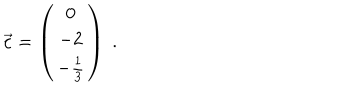
LaTeX: \vec { c } = \left( \begin{array} { c } { { 0 } } \\ { { - 2 } } \\ { { - \frac { 1 } { 3 } } } \\ \end{array} \right) \; .